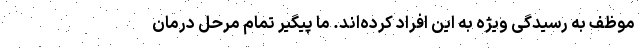
موظف به رسیدگی ویژه به این افراد کرده‌اند. ما پیگیر تمام مرحل درمان